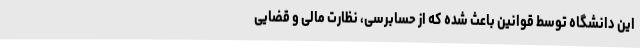
این دانشگاه توسط قوانین باعث شده که از حسابرسی، نظارت مالی و قضایی